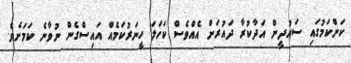
ކަންކަމުގައި ސައުދީން އަދާކުރާ ދައުރަށް އެއްވެސް ކަހަލަ ހީނަރުކަމެއް އައިސްގެން ނުވާނެ ކަމަށެވެ.